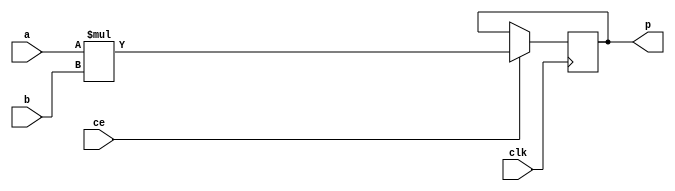
module qam_dem_top_mul_16s_12s_27_2_MulnS_0(clk, ce, a, b, p);
input clk;
input ce;
input signed [16 - 1 : 0] a; // synthesis attribute keep a "true"
input signed [12 - 1 : 0] b; // synthesis attribute keep b "true"
output[27 - 1 : 0] p;
reg signed [27 - 1 : 0] p;
wire signed [27 - 1 : 0] tmp_product;

assign tmp_product = $signed(a) * $signed(b);
always @ (posedge clk) begin
    if (ce) begin
        p <= tmp_product;
    end
end
endmodule